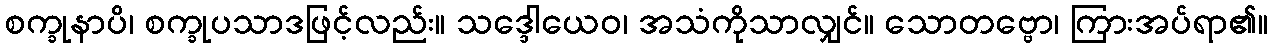
စက္ခုနာပိ၊ စက္ခုပသာဒဖြင့်လည်း။ သဒ္ဒေါယေဝ၊ အသံကိုသာလျှင်။ သောတဗ္ဗော၊ ကြားအပ်ရာ၏။